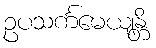
ဥပသင်္ကမေယျန္တိ